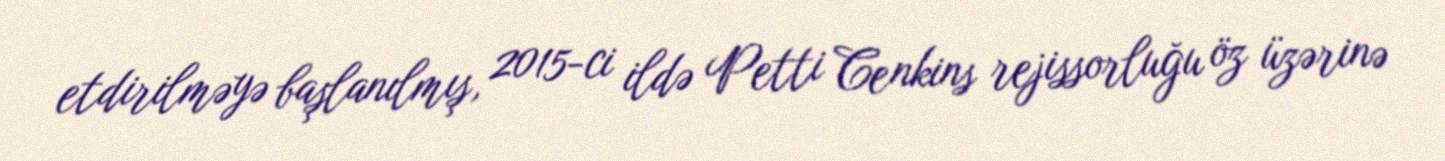
etdirilməyə başlanılmış, 2015-ci ildə Petti Cenkins rejissorluğu öz üzərinə